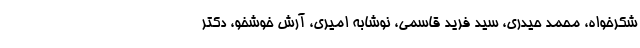
شکرخواه، محمد حیدری، سید فرید قاسمی، نوشابه امیری، آرش خوشخو، دکتر